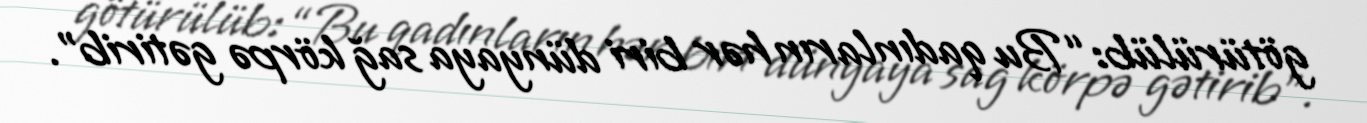
götürülüb: “Bu qadınların hər biri dünyaya sağ körpə gətirib”.